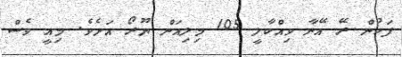
ފަހުން ރޭ އޭނާ ވިއްކާލީ 105 މިލިއަން ޔޫރޯ އަށެވެ. މިއީ ވެސް